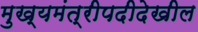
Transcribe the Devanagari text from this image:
मुख्यमंत्रीपदीदेखील